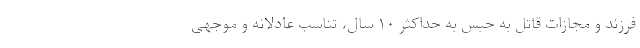
فرزند و مجازات قاتل به حبس به حداکثر ۱۰ سال، تناسب عادلانه و موجهی